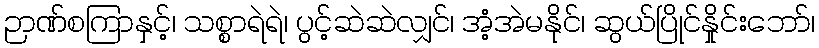
ဉာဏ်စကြာနှင့်၊ သစ္စာရဲရဲ၊ ပွင့်ဆဲဆဲလျှင်၊ အံ့အဲမနိုင်၊ ဆွယ်ပြိုင်နှိုင်းဘော်၊